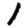
Digit: 1